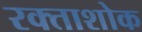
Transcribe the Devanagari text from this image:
रक्ताशोक